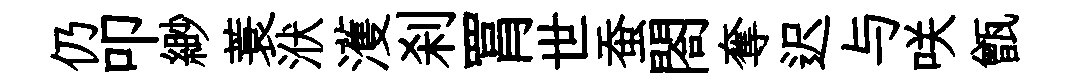
仍叩緲蓑洑濩刹罥世蚕閤奪迟与咲甑